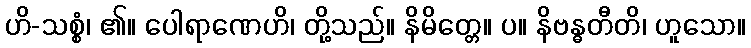
ဟိ-သစ္စံ၊ ၏။ ပေါရာဏေဟိ၊ တို့သည်။ နိမိတ္တေ။ ပ။ နိဗန္ဓတီတိ၊ ဟူသော။